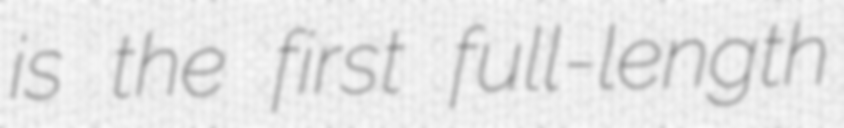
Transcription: is the first full-length